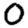
Digit: 0